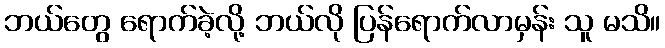
ဘယ်တွေ ရောက်ခဲ့လို့ ဘယ်လို ပြန်ရောက်လာမှန်း သူ မသိ။